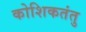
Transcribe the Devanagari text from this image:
कोशिकतंतु